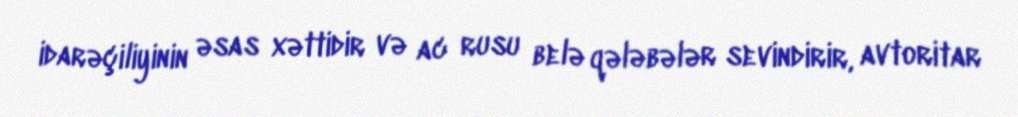
idarəçiliyinin əsas xəttidir və ac rusu belə qələbələr sevindirir, avtoritar